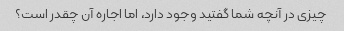
چیزی در آنچه شما گفتید وجود دارد، اما اجاره آن چقدر است؟